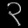
Digit: ၃